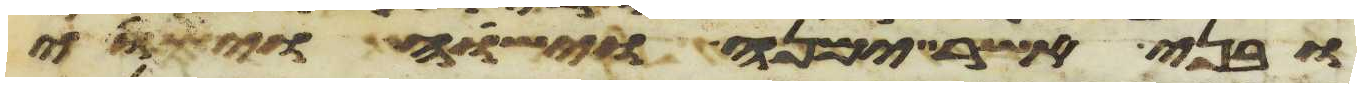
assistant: ובני אשר ימנה וישוה וישוי